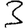
Digit: 3